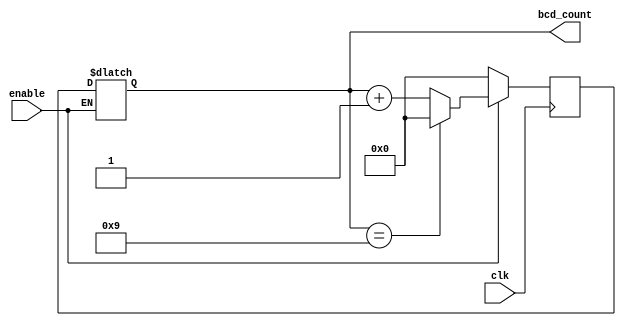
module BCD_Up_Counter_with_Enable (
    input wire clk,
    input wire enable,
    output reg [3:0] bcd_count
);

reg [3:0] count_next;

always @(posedge clk) begin
    if (enable) begin
        if (bcd_count == 4'b1001) begin
            count_next <= 4'b0000;
        end else begin
            count_next <= bcd_count + 1;
        end
    end else begin
        count_next <= 4'b0000;
    end
end

always @* begin
    if (enable) begin
        bcd_count <= count_next;
    end
end

endmodule